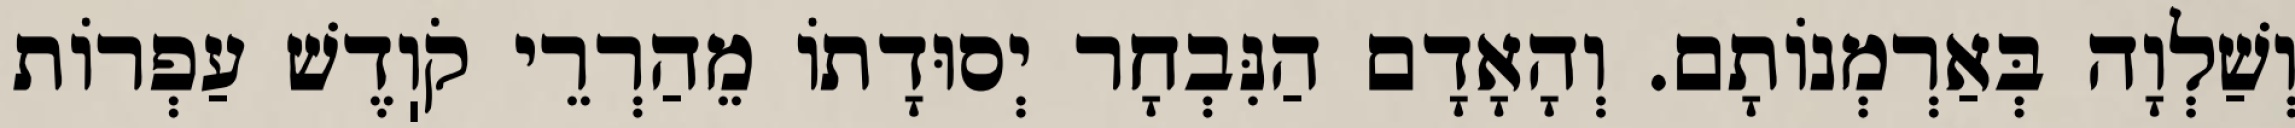
וְשַׁלְוָה בְּאַרְמְנוֹתָם. וְהָאָדָם הַנִּבְחָר יְסוּדָתוֹ מֵהַרְרֵי קֹוֽדֶשׁ עַפְרוֹת